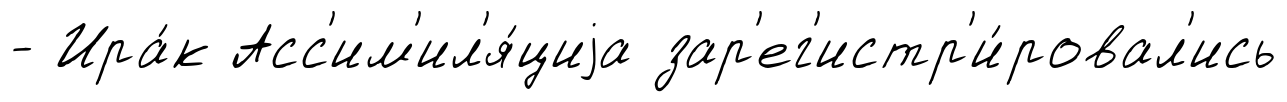
- Ира́к Асс'им'ил'я́циjа зар'ег'истр'и́ровал'ись